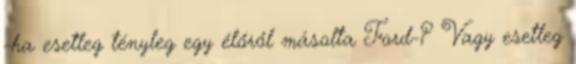
-ha esetleg tényleg egy élőről másolta Ford-? Vagy esetleg